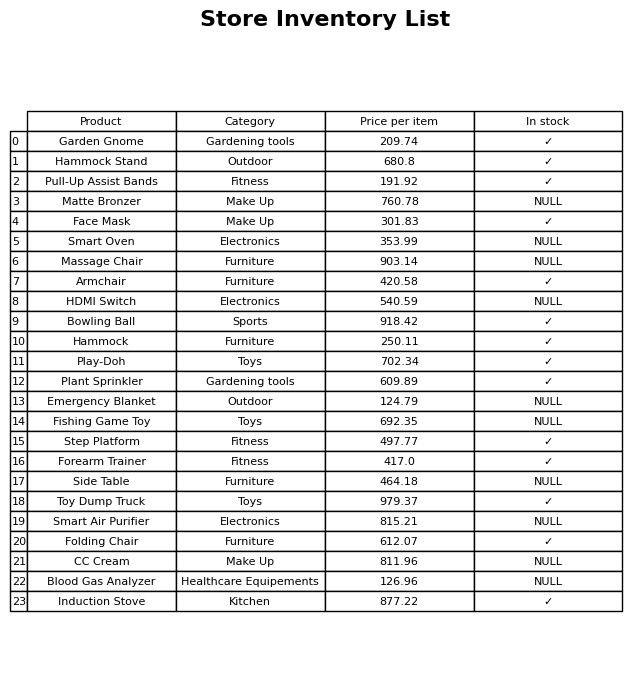
question: What is the price for Garden Gnome?
answer: The price of Garden Gnome is 209.74.